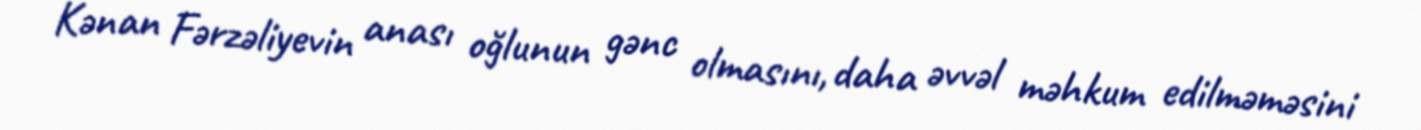
Kənan Fərzəliyevin anası oğlunun gənc olmasını, daha əvvəl məhkum edilməməsini